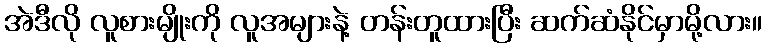
အဲဒီလို လူစားမျိုးကို လူအများနဲ့ တန်းတူထားပြီး ဆက်ဆံနိုင်မှာမို့လား။